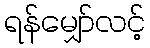
ရန်မျှော်လင့်